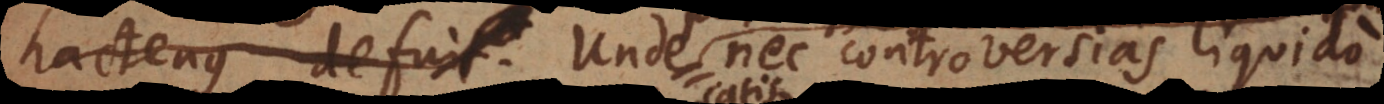
supplentur. Unde nec controversias liquido